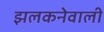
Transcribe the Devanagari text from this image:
झलकनेवाली